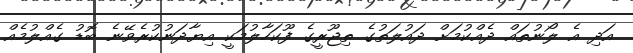
އަދި އެ ލޯނުތައް ދެއްކުމަށް ދައުލަތުގެ ތިޖޫރީގެ ފޫކަހާލުމަކީ އިޔާދަނުކުރެވޭނެ ބޮޑު ގެއްލުމެއް